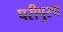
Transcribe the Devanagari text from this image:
परीपुरण